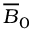
{ \overline { { B } } } _ { 0 }